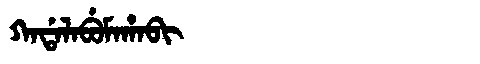
Manchu: ᡴᠠᡩᠠᠯᠠᠪᡠᠮᠠᡥᠠᠪᡳ
Romanization: KADALABUMAHABI